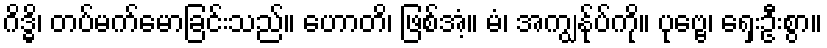
ဂိဒ္ဓိ၊ တပ်မက်မောခြင်းသည်။ ဟောတိ၊ ဖြစ်အံ့။ မံ၊ အကျွန်ုပ်ကို။ ပုဗ္ဗေ၊ ရှေးဦးစွာ။